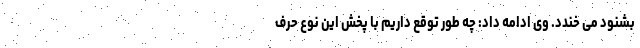
بشنود می خندد. وی ادامه داد: چه طور توقع داریم با پخش این نوع حرف